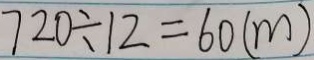
7 2 0 \div 1 2 = 6 0 ( m )